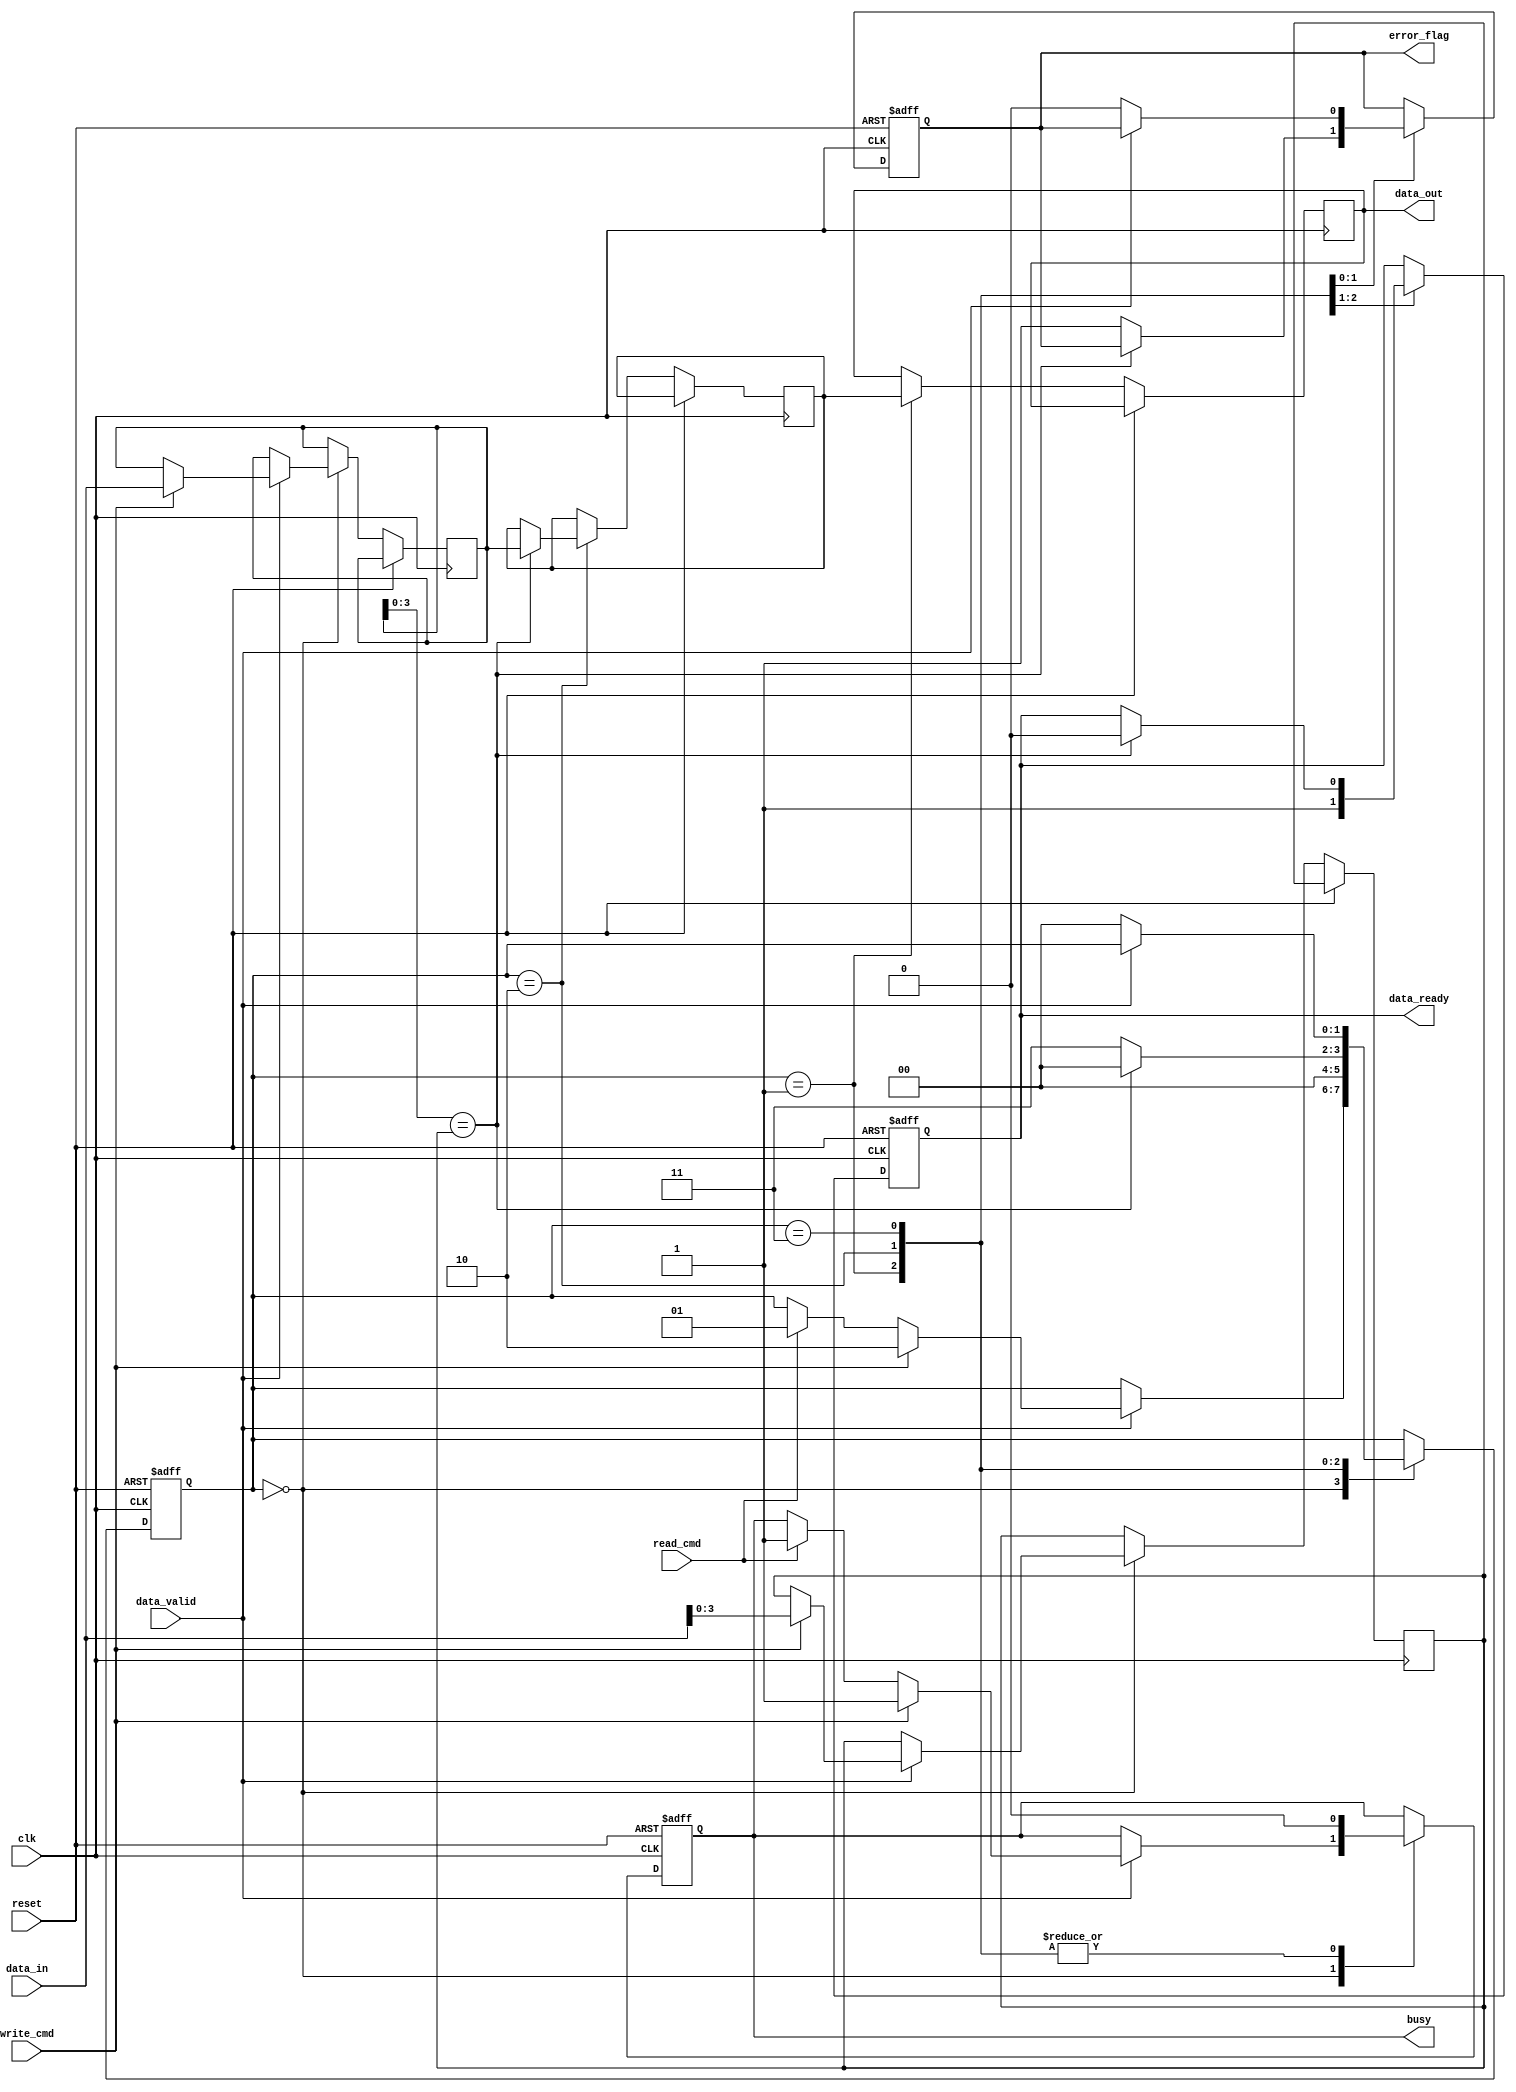
module ssd_io_block (
    input wire clk,                  // System clock
    input wire reset,                // System reset
    input wire [31:0] data_in,      // Data input bus (32 bits)
    input wire read_cmd,             // Read command signal
    input wire write_cmd,            // Write command signal
    input wire data_valid,           // Data valid signal from host
    output reg [31:0] data_out,      // Data output bus (32 bits)
    output reg data_ready,           // Data ready signal to host
    output reg error_flag,           // Error flag signal
    output reg busy                  // Busy signal indicating operation in progress
);

    // Internal signals
    reg [31:0] input_buffer;         // Input buffer for incoming data
    reg [31:0] output_buffer;        // Output buffer for outgoing data
    reg [1:0] state;                 // State machine variable
    reg [3:0] crc;                   // CRC for error detection (simplified)
    
    // State encoding
    localparam IDLE = 2'b00,
               READ = 2'b01,
               WRITE = 2'b10,
               ERROR = 2'b11;

    // State machine for control logic
    always @(posedge clk or posedge reset) begin
        if (reset) begin
            state <= IDLE;
            data_ready <= 0;
            busy <= 0;
            error_flag <= 0;
        end else begin
            case (state)
                IDLE: begin
                    if (data_valid) begin
                        if (write_cmd) begin
                            input_buffer <= data_in; // Store incoming data
                            crc <= compute_crc(data_in); // Compute CRC for error detection
                            state <= WRITE;
                            busy <= 1;
                        end else if (read_cmd) begin
                            state <= READ;
                            busy <= 1;
                        end
                    end
                end
                READ: begin
                    data_out <= output_buffer; // Send data to host
                    data_ready <= 1;           // Indicate data is ready
                    state <= IDLE;             // Return to IDLE state
                    busy <= 0;
                end
                WRITE: begin
                    if (crc_valid(input_buffer, crc)) begin
                        output_buffer <= input_buffer; // Process and store data
                        data_ready <= 0;               // Reset data ready signal
                        state <= IDLE;                  // Return to IDLE state
                    end else begin
                        error_flag <= 1;               // Set error flag on CRC failure
                        state <= ERROR;
                    end
                    busy <= 0;
                end
                ERROR: begin
                    // Handle error state (could implement retry logic here)
                    busy <= 0; // Not busy in error state
                    if (!data_valid) begin
                        error_flag <= 0; // Reset error flag when data is no longer valid
                        state <= IDLE;   // Return to IDLE state
                    end
                end
            endcase
        end
    end

    // Dummy CRC computation function (to be replaced with an actual implementation)
    function [3:0] compute_crc(input [31:0] data);
        compute_crc = data[3:0]; // Placeholder for CRC computation
    endfunction

    // Dummy CRC validation function (to be replaced with actual implementation)
    function crc_valid(input [31:0] data, input [3:0] crc);
        crc_valid = (compute_crc(data) == crc); // Placeholder for CRC validation
    endfunction

endmodule